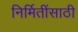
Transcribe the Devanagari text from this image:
निर्मितींसाठी